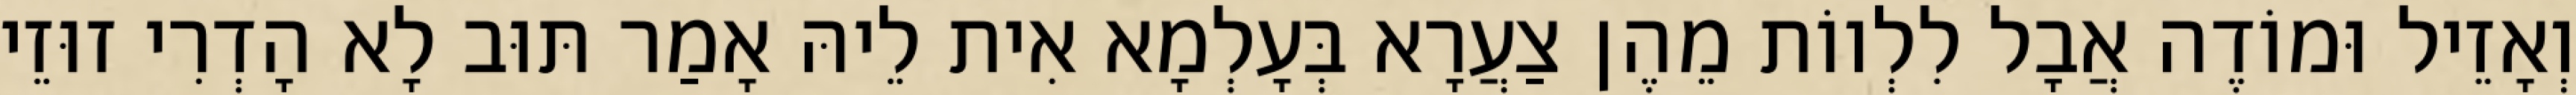
וְאָזֵיל וּמוֹדֶה אֲבָל לִלְווֹת מֵהֶן צַעֲרָא בְּעָלְמָא אִית לֵיהּ אָמַר תּוּב לָא הָדְרִי זוּזֵי